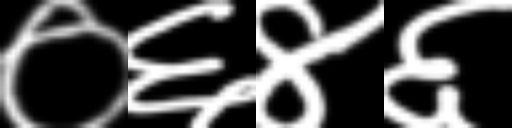
Text: ०६४६